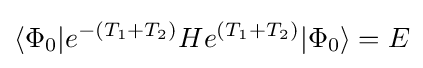
\langle \Phi _{0}|e^{-(T_{1}+T_{2})}He^{(T_{1}+T_{2})}|\Phi _{0}\rangle =E